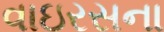
વાઇરસના